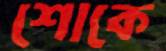
শোকে